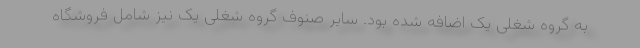
به گروه شغلی یک اضافه شده بود. سایر صنوف گروه شغلی یک نیز شامل فروشگاه